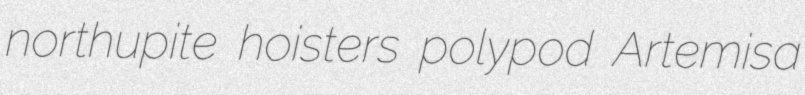
northupite hoisters polypod Artemisa